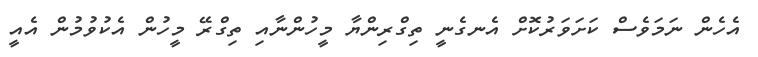
އެހެން ނަމަވެސް ކަށަވަރުކޮށް އެނގެނީ ތިގްރިންޔާ މީހުންނާއި ތިގްރޭ މީހުން އެކުވުމުން އެއީ